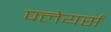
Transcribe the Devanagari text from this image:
फ्लेयर्स